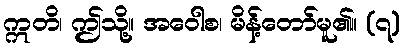
ဣတိ၊ ဤသို့။ အဝေါစ၊ မိန့်တော်မူ၏။ (၇)